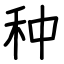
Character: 种